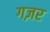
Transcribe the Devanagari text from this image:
गज़र